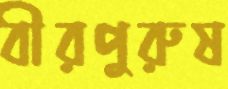
বীরপুরুষ